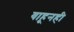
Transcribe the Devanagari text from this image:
वाहूनही